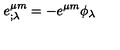
e _ { ; \lambda } ^ { \mu m } = - e ^ { \mu m } \phi _ { \lambda }